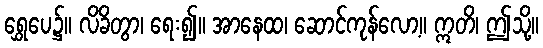
ရွှေပေ၌။ လိခိတွာ၊ ရေး၍။ အာနေထ၊ ဆောင်ကုန်လော့။ ဣတိ၊ ဤသို့။